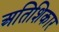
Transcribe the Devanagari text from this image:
अतिशिकार